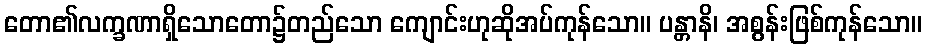
တော၏လက္ခဏာရှိသောတော၌တည်သော ကျောင်းဟုဆိုအပ်ကုန်သော။ ပန္တာနိ၊ အစွန်းဖြစ်ကုန်သော။